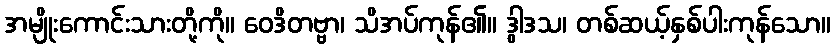
အမျိုးကောင်းသားတို့ကို။ ဝေဒိတဗ္ဗာ၊ သိအပ်ကုန်၏။ ဒွါဒသ၊ တစ်ဆယ့်နှစ်ပါးကုန်သော။